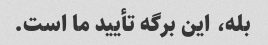
بله، این برگه تأیید ما است.